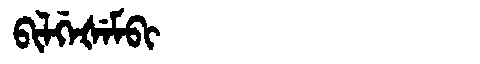
Manchu: ᠪᡳᠯᡤᡝᡧᡝᠮᠪᡳ
Romanization: BILGEŠEMBI